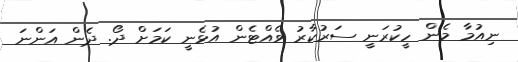
ނިއުމާ މެން ހީކުރަނީ ސަރުކާރު ވެއްޓެން އުޅެނީ ކަމަށް ދޯ. ދެން އަންނަ